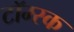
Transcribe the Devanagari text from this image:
टॉम्स्क